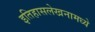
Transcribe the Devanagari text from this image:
इतिहासलेखनामध्ये